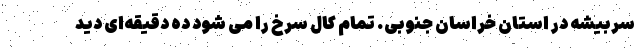
سربیشه در استان خراسان جنوبی. تمام کال سرخ را می شود ده دقیقه‌ای دید